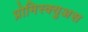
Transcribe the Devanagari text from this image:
प्रोमिस्क्युअस